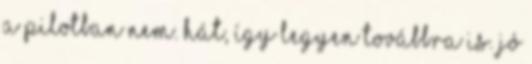
a pilotban nem. hát, így legyen továbbra is. Jó